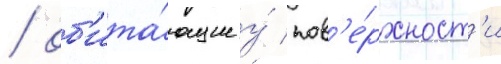
/ об'ита́ющие у́ пов'е́рхност'и